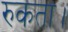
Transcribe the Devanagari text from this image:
रुकता।